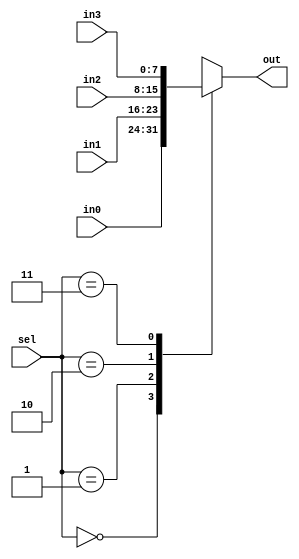
module mux (in0,in1,in2,in3, sel, out);
	input wire [7:0] in0,in1,in2,in3;
	input wire [1:0] sel;
	output reg [7:0] out;
	always @ (*)
		begin
			case (sel)
				0: out<=in0;
				1: out<=in1;
				2: out<=in2;
				3: out<=in3;
				default: out<=0;
			endcase
		end
endmodule